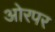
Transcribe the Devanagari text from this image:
ओरपर